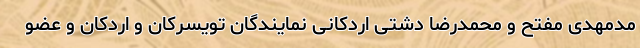
مدمهدی مفتح و محمدرضا دشتی اردکانی نمایندگان تویسرکان و اردکان و عضو